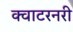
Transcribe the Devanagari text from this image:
क्वाटरनरी